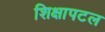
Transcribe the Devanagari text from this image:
शिक्षापटल